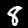
Digit: 8